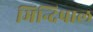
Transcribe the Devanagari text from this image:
भिन्दिपाल